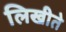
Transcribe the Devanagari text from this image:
लिखीते